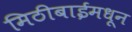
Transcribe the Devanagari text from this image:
मिठीबाईमधून